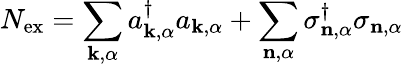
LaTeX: N_{\mathrm{ex}}=\sum_{\mathbf{k},\alpha}a_{\mathbf{k},\alpha}^{\dagger}a_{\mathbf{k},\alpha}+\sum_{\mathbf{n},\alpha}\sigma_{\mathbf{n},\alpha}^{\dagger}\sigma_{\mathbf{n},\alpha}